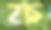
ফ